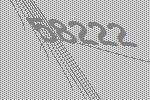
58222